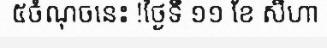
៥ចំណុចនេះ !ថ្ងៃទី ១១ ខែ សីហា